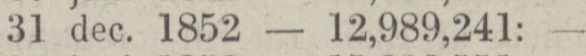
„ 31 dec. 1852 — 12,989,241: —